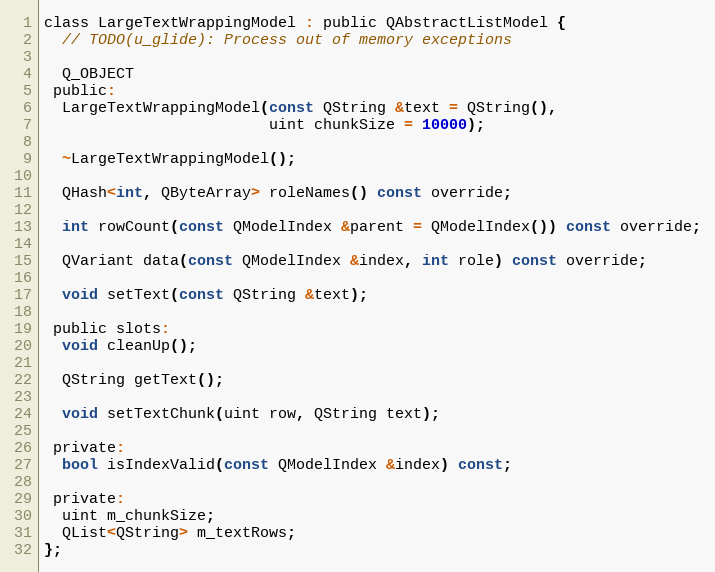
Language: C
class LargeTextWrappingModel : public QAbstractListModel {
  // TODO(u_glide): Process out of memory exceptions

  Q_OBJECT
 public:
  LargeTextWrappingModel(const QString &text = QString(),
                         uint chunkSize = 10000);

  ~LargeTextWrappingModel();

  QHash<int, QByteArray> roleNames() const override;

  int rowCount(const QModelIndex &parent = QModelIndex()) const override;

  QVariant data(const QModelIndex &index, int role) const override;

  void setText(const QString &text);

 public slots:
  void cleanUp();

  QString getText();

  void setTextChunk(uint row, QString text);

 private:
  bool isIndexValid(const QModelIndex &index) const;

 private:
  uint m_chunkSize;
  QList<QString> m_textRows;
};